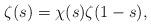
LaTeX: \begin{align*}\zeta(s) = \chi(s) \zeta(1-s), \end{align*}